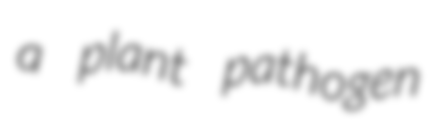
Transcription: a plant pathogen